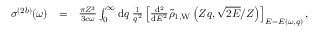
\begin{array} { r l r } { \sigma ^ { ( 2 b ) } ( \omega ) } & { = } & { \frac { \pi Z ^ { 3 } } { 3 c \omega } \int _ { 0 } ^ { \infty } \ensuremath { \mathrm { d } } q \; \frac { 1 } { q ^ { 2 } } \left[ \frac { \ensuremath { \mathrm { d } } ^ { 2 } } { \ensuremath { \mathrm { d } } E ^ { 2 } } \tilde { \rho } _ { 1 , \mathrm { W } } \left( Z q , \sqrt { 2 E } / Z \right) \right] _ { E = E ( \omega , q ) } , } \end{array}